EELK_Paldiski_kogudus, lk 1
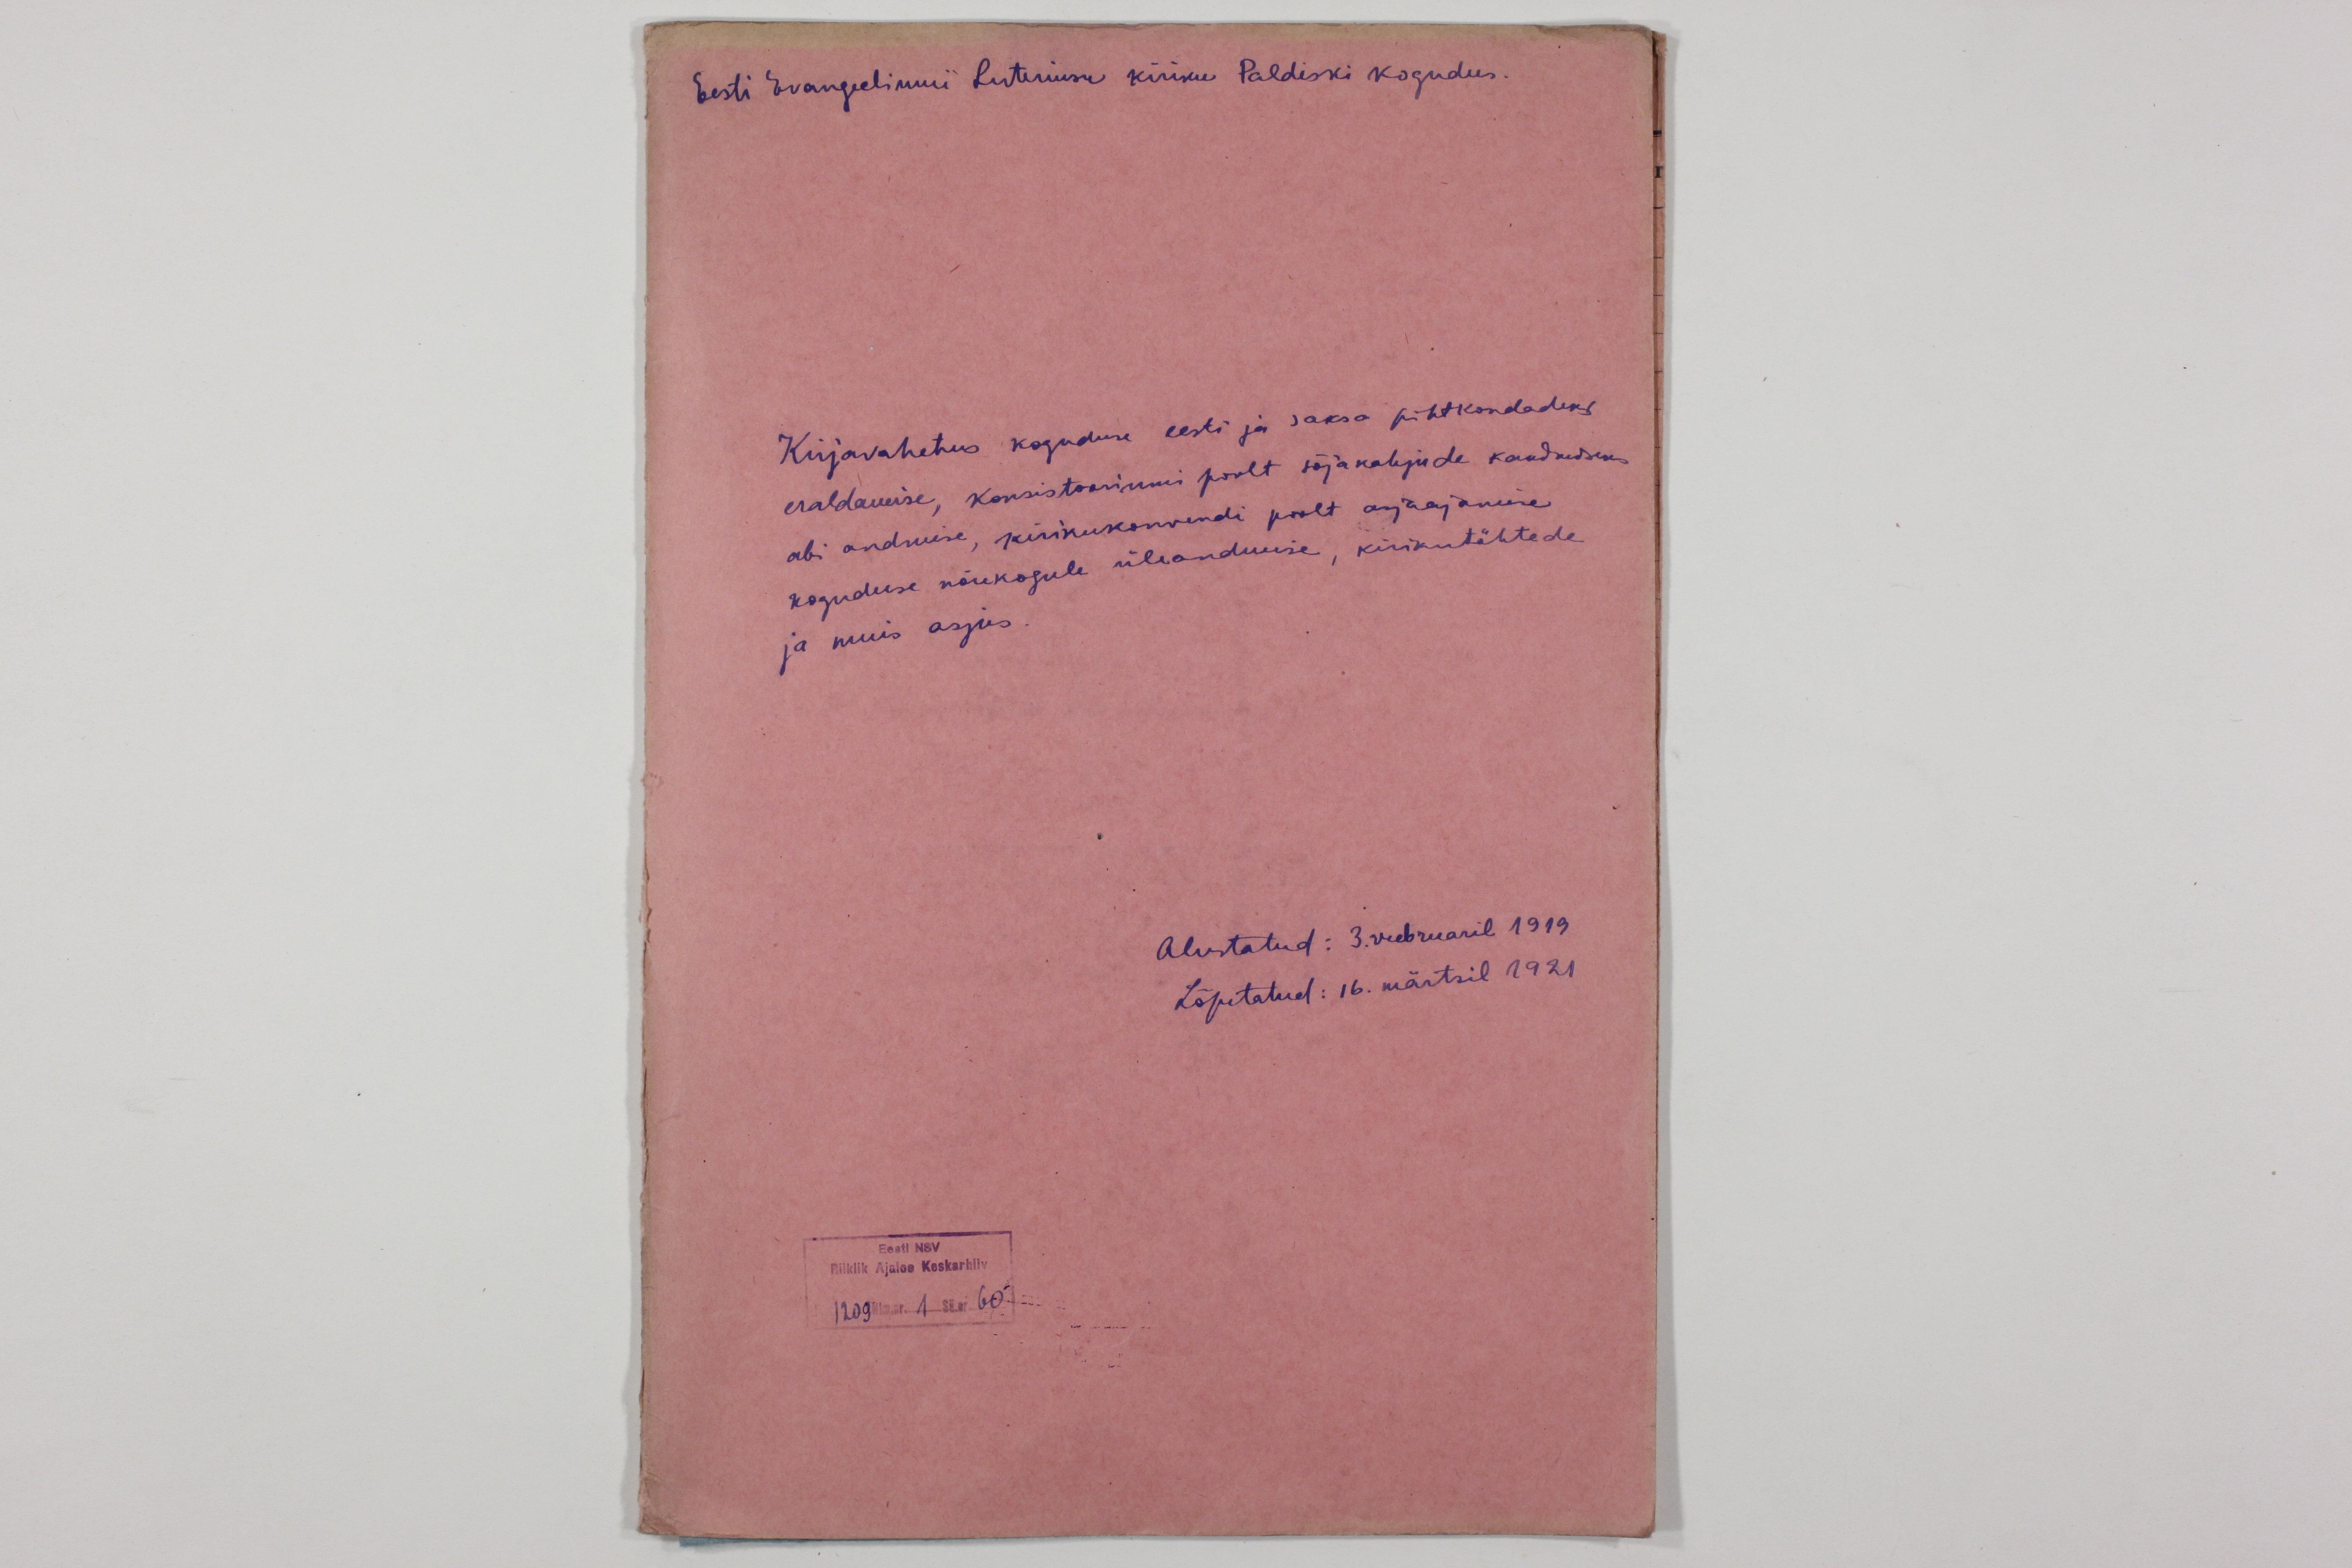
Eesti Evangeeliumi Luteriusu kiriku Paldiski kogudus.

Kirjavahetus koguduse eesti ja saksa pihtkondadeks
eraldamise, konsistooriumi poolt sõjakahjude kandmiseks
koguduse nõukogule üleandmise, kirikutähtede
abi andmise, kirikukonvendi poolt asjaajamine
ja muis asjus.

Alustatud: 3. veebruaril 1919.
Lõpetatud: 16. märtsil 1921

Eesti NSV
Riiklik Ajaloo Keskarhiiiv
1209 Nim.nr. 1 Sü.nr. 60